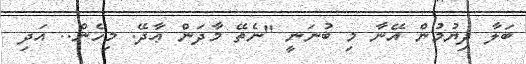
ބަލާ ދިޔުމުން އޭނާ މި ބުނަނީ "ނެތޭ މާދަން ޢާދޭ. މިހެން.. އަދި